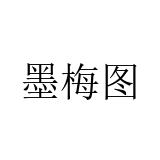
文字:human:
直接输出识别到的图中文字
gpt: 墨梅图